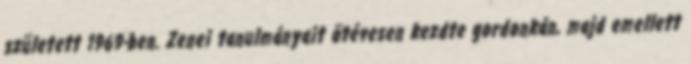
született 1969-ben. Zenei tanulmányait ötévesen kezdte gordonkán, majd emellett